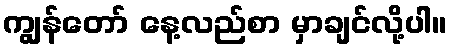
ကျွန်တော် နေ့လည်စာ မှာချင်လို့ပါ။